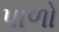
પાળો